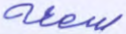
سمعه